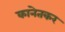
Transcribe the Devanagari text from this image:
कानेतकर